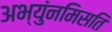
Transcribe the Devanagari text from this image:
अभ्युंनमिसति